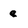
Character: e